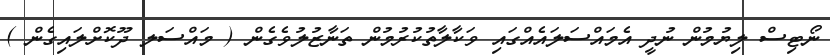
ނޯޓިސް ލިޔުމުން ނުދީ އެމައްސަލައެއްގައި ވަކާލާތުކުރުމުން ތަނާޒުލުވެގެން ( މައްސަލ ދޫކޮށްލައިގެން )